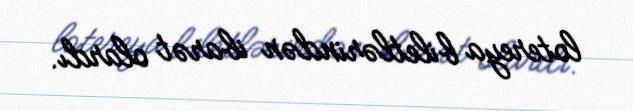
lotereya biletlərindən ibarət olardı.